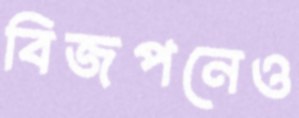
বিজপনেও